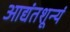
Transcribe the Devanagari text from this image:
आद्यंतशून्यं